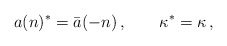
\begin{align*}a(n)^*=\bar a(-n)\,, \qquad \kappa^*=\kappa\,,\end{align*}